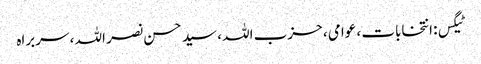
ٹیگس: انتخابات ، عوامی ، حزب اللہ ، سید حسن نصر اللہ ، سربراہ